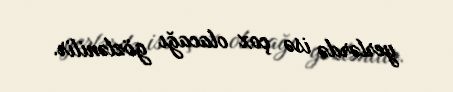
yerlərdə isə çox olacağı gözlənilir.